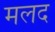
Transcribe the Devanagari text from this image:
मलद